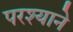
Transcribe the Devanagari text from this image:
परश्याने